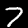
Digit: 7